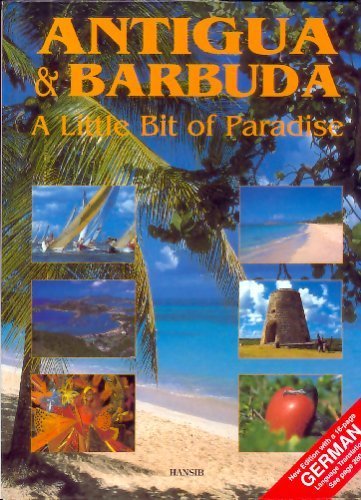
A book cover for Antigua and Barbuda: A Little Bit of Paradise; Arif Ali; Travel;